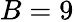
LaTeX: B=9